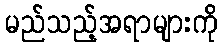
မည်သည့်အရာများကို